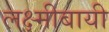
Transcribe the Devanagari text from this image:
लक्ष्मीबायी